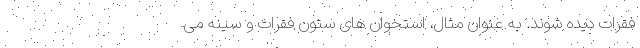
فقرات دیده شوند. به عنوان مثال، استخوان های ستون فقرات و سینه می